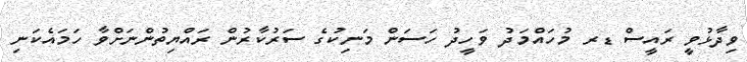
ވިދާޅުވީ ރައީސް ޑރ މުހައްމަދު ވަހީދު ހަސަން މަނިކުގެ ސަރުކާރުން ރައްޔިތުންނަށްވާ ހަމައެކަނި